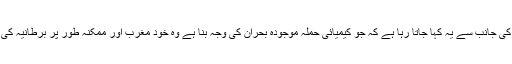
چنانچہ متعدد ذرائع کی جانب سے یہ کہا جاتا رہا ہے کہ جو کیمیائی حملہ موجودہ بحران کی وجہ بنا ہے وہ خود مغرب اور ممکنہ طور پر برطانیہ کی خفیہ کارروائی ہے۔